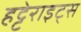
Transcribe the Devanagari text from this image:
हट्टेराइट्स